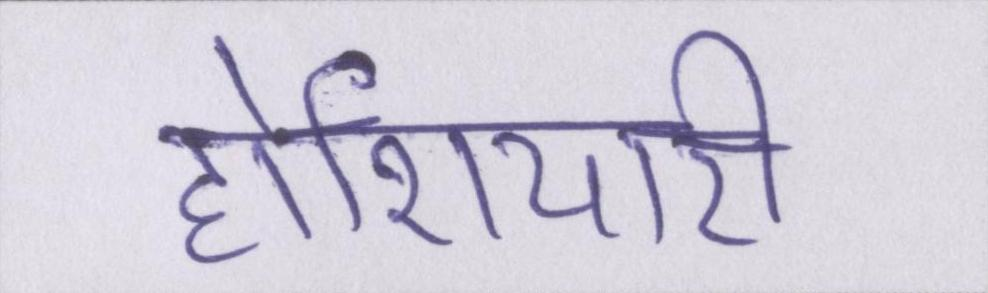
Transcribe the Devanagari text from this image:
होशियारी